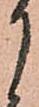
月